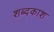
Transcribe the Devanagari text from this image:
शब्दकाश